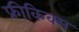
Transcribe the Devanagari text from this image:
फ्रीकिक्स